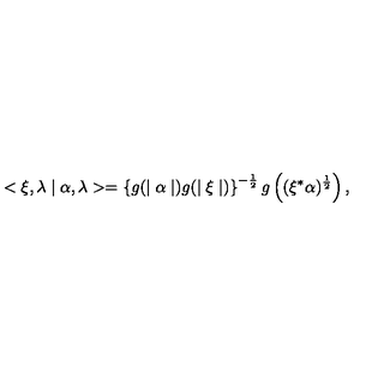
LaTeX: < \xi , \lambda \mid \alpha , \lambda > = \left\{ g ( \mid \alpha \mid ) g ( \mid \xi \mid ) \right\} ^ { - \frac { 1 } { 2 } } g \left( ( \xi ^ { * } \alpha ) ^ { \frac { 1 } { 2 } } \right) ,